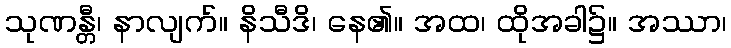
သုဏန္တီ၊ နာလျက်။ နိသီဒိ၊ နေ၏။ အထ၊ ထိုအခါ၌။ အဿာ၊